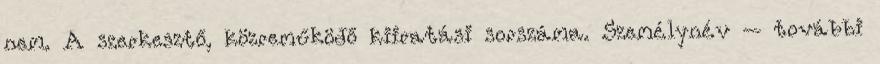
nem. A szerkesztő, közreműködő kiiratási sorszáma. Személynév – további